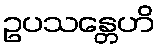
ဥပသန္တေဟိ